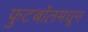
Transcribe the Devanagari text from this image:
फुटबॉलमधून